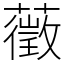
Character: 藢